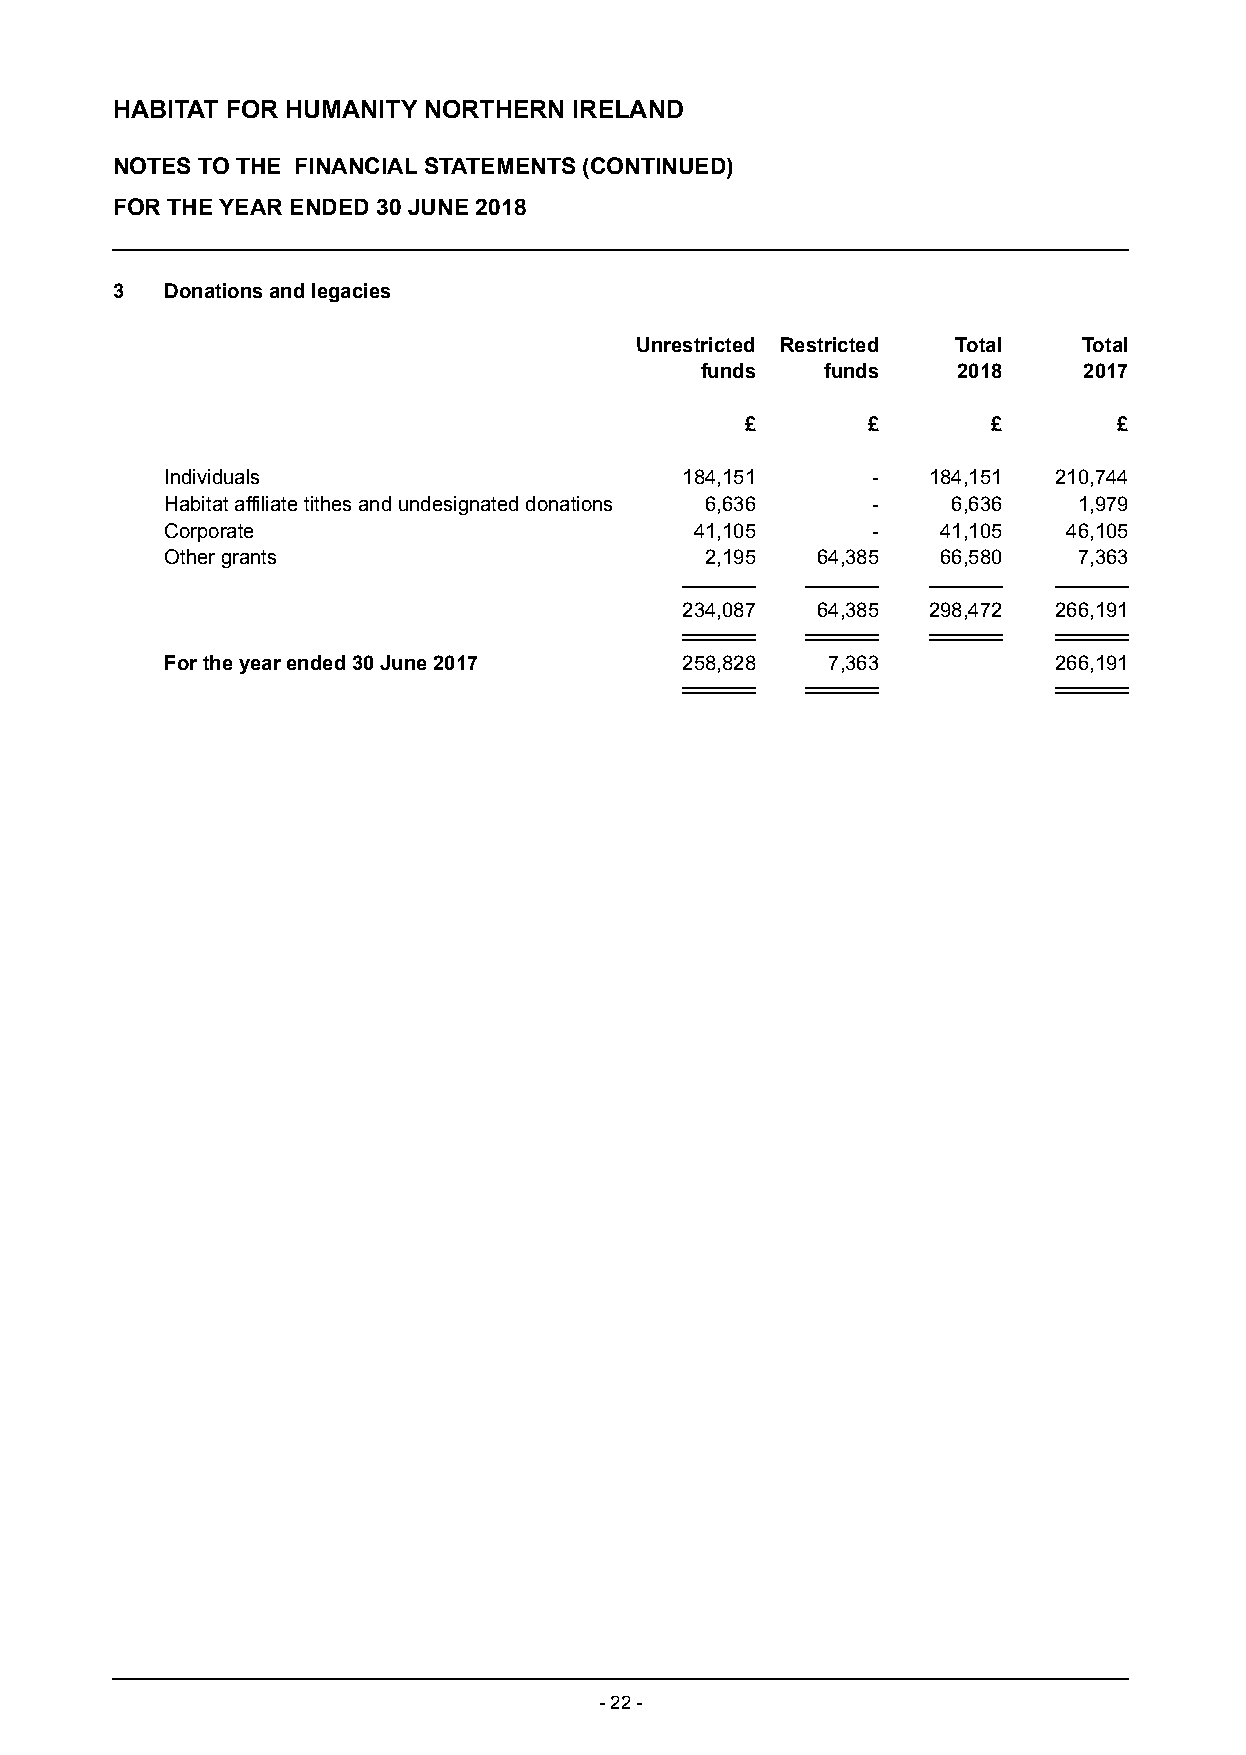
HABITAT FOR HUMANITY NORTHERN  IRELAND
 NOTES TO THE FINANCIAL STATEMENTS (CONTINUED)
 FOR THE YEAR ENDED 30 JUNE 2018
 3   Donations and legacies
 Unrestricted Restricted Total Total
 funds    funds   2018     2017
 £       £        £       £
 Individuals                       184,151      -  184,151  210,744
 Habitat affiliate tithes and undesignated donations 6,636 - 6,636 1,979
 Corporate                          41,105      -   41,105   46,105
 Other grants                        2,195  64,385  66,580   7,363
 234,087  64,385 298,472  266,191
 For the year ended 30 June 2017   258,828   7,363          266,191
 - 22 -